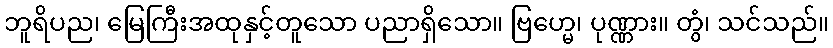
ဘူရိပည၊ မြေကြီးအထုနှင့်တူသော ပညာရှိသော။ ဗြဟ္မေ၊ ပုဏ္ဏား။ တွံ၊ သင်သည်။